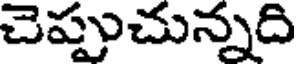
చెప్పుచున్నది